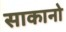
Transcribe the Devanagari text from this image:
साकानो